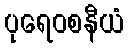
ပုရေဝစနီယံ